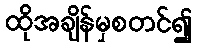
ထိုအချိန်မှစတင်၍